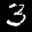
Label: 3